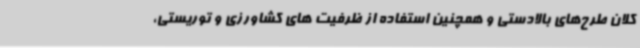
کلان طرح‌های بالادستی و همچنین استفاده از ظرفیت های کشاورزی و توریستی،